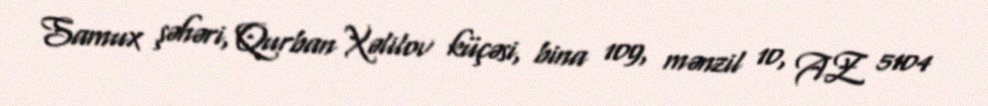
Samux şəhəri, Qurban Xəlilov küçəsi, bina 109, mənzil 10, AZ 5104